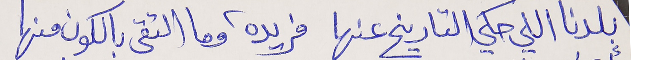
بلدنا اللي حكي التاريخ عنها      فريدة وما التقى بالكون منها